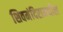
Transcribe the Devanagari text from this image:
शिवमंदिरामधील